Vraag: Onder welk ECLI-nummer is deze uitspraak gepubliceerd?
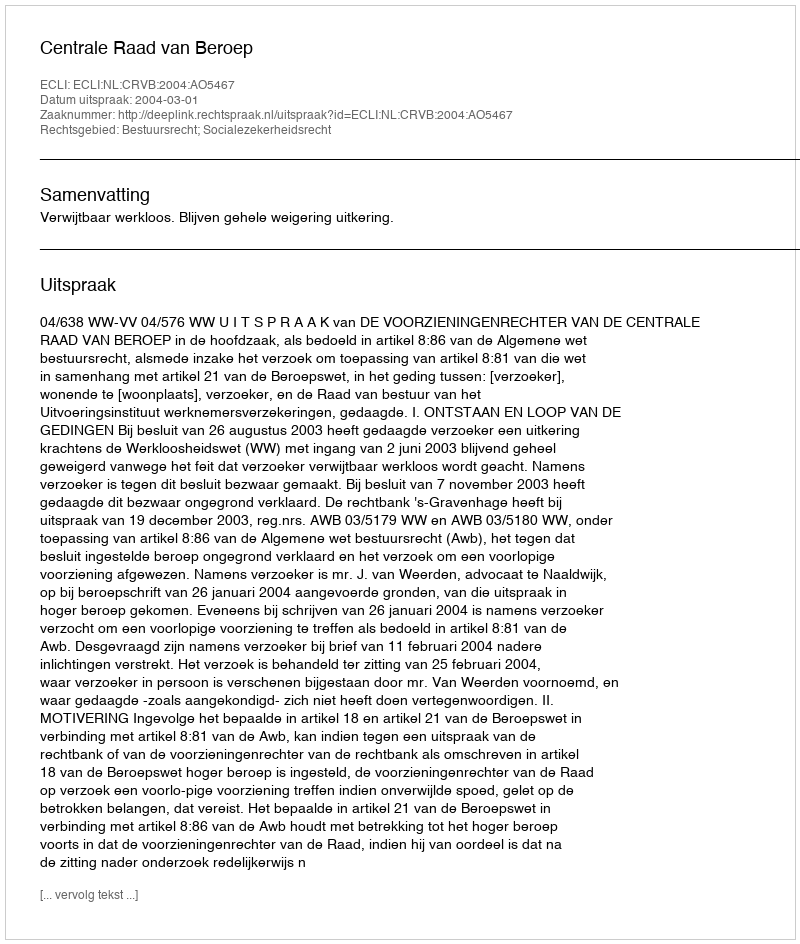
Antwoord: ECLI:NL:CRVB:2004:AO5467